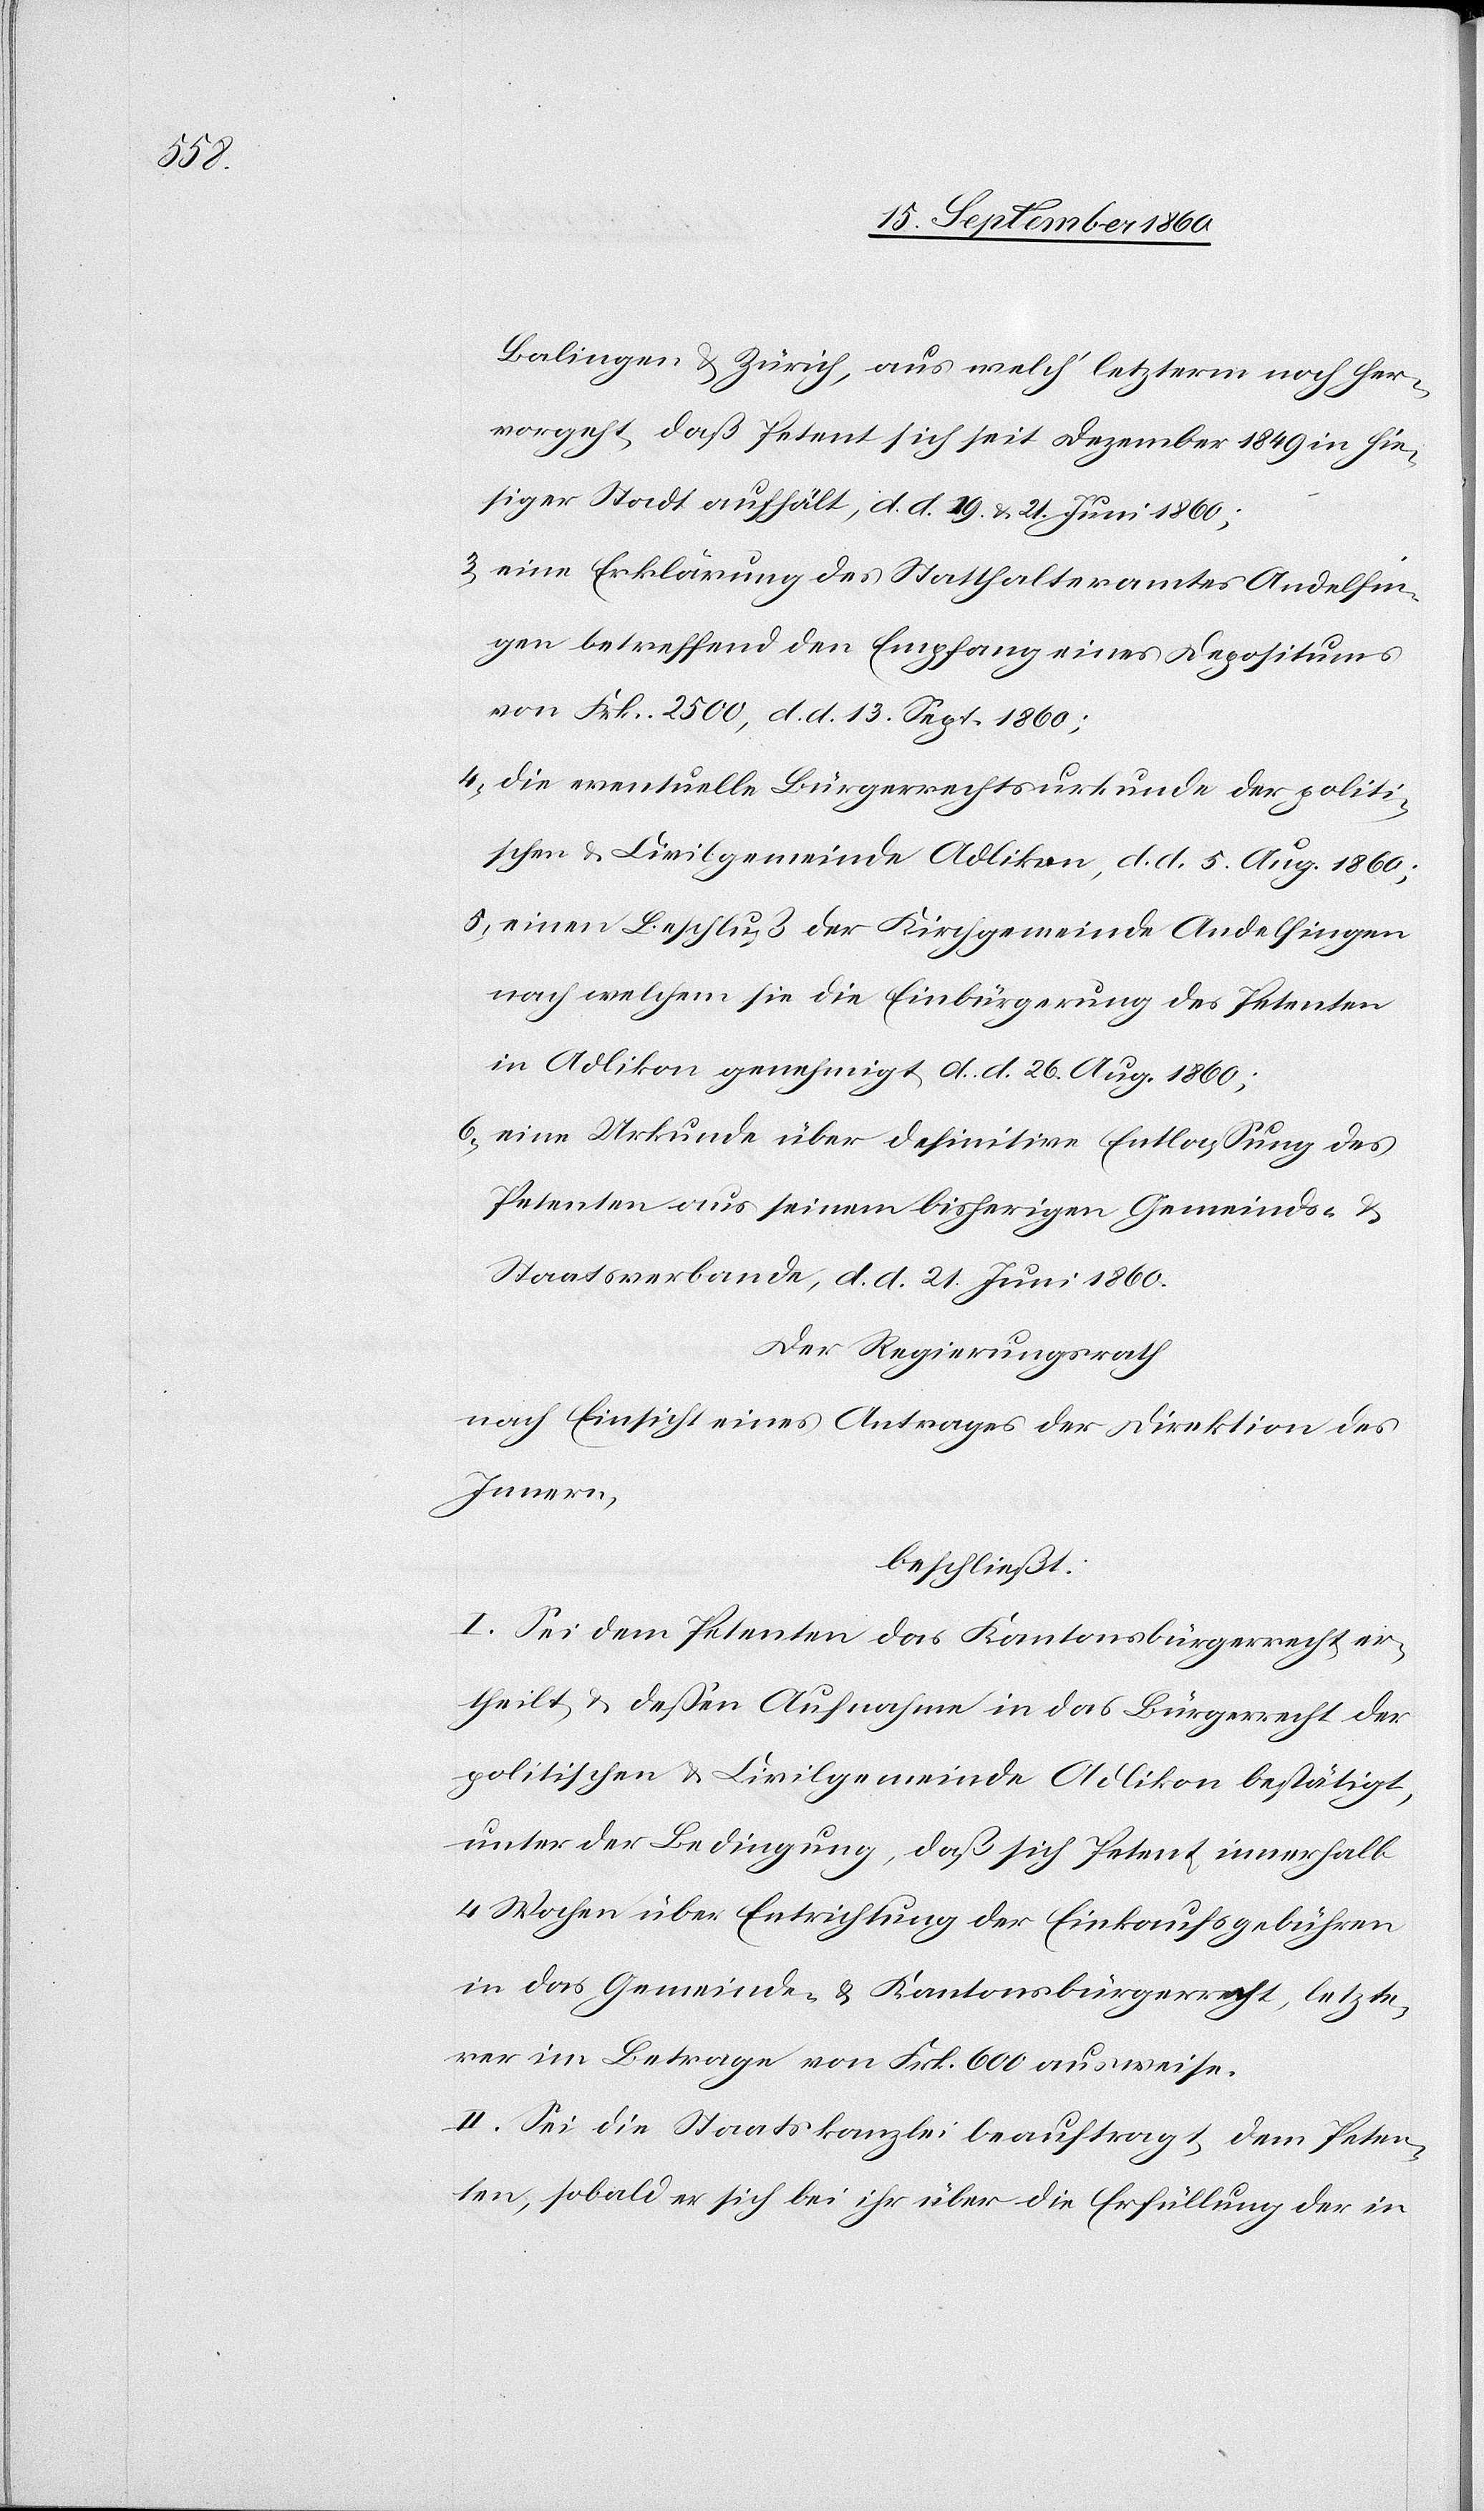
Balingen u. Zürich, aus welch’ letzterm noch her¬
vorgeht, daß Petent sich seit Dezember 1849 in hie¬
siger Stadt aufhält, d. d. 19. u. 21. Juni 1860;
3) eine Erklärung des Statthalteramtes Andelfin¬
gen betreffend den Empfang eines Depositums
von Frk. 2500, d. d. 13. Sept. 1860;
4) die eventuelle Bürgerrechtsurkunde der politi¬
schen u. Civilgemeinde Adlikon, d. d 5. Aug. 1860;
5) einen Beschluß der Kirchgemeinde Andelfingen
nach welchem sie die Einbürgerung des Petenten
in Adlikon genehmigt, d. d. 26. Aug. 1860;
6) eine Urkunde über definitive Entlassung des
Petenten aus seinem bisherigen Gemeinds- u.
Staatsverbande, d. d. 21. Juni 1860.
Der Regierungsrath
nach Einsicht eines Antrages der Direktion des
Innern,
beschließt:
I. Sei dem Petenten das Kantonsbürgerrecht er¬
theilt u. dessen Aufnahme in das Bürgerrecht der
politischen u. Civilgemeinde Adlikon bestätigt,
unter der Bedingung, daß sich Petent innerhalb
4 Wochen über Entrichtung der Einkaufsgebühren
in das Gemeinde- u. Kantonsbürgerrecht, letzte¬
rer im Betrage von Frk. 600 ausweise.
II. Sei die Staatskanzlei beauftragt 1) dem Peten¬
ten, sobald er sich bei ihr über die Erfüllung der in